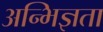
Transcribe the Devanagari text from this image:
अन्भिज्ञता